Indian Medical Review
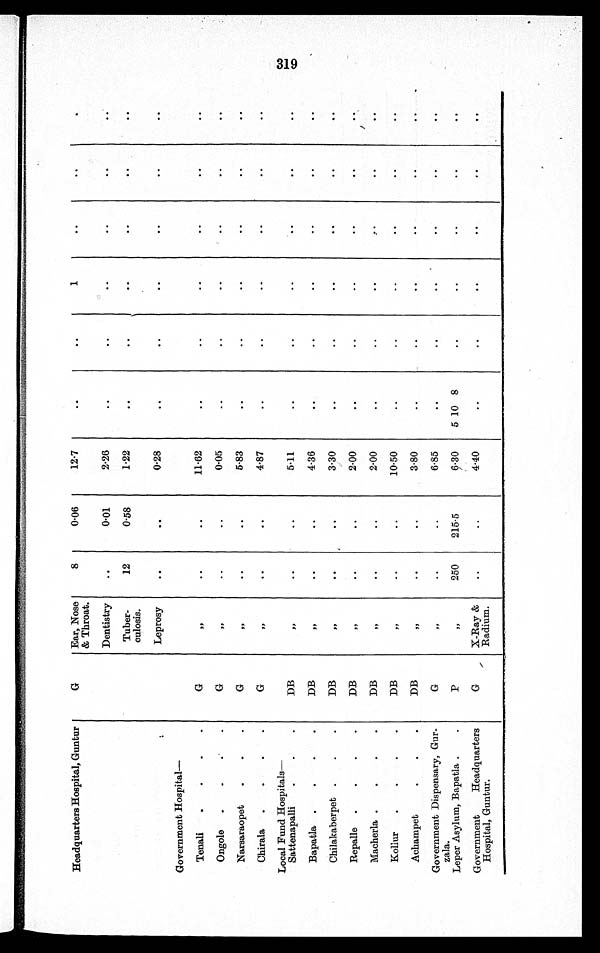
Headquarters Hospital, Guntur
G
Ear, Nose
& Throat.
8
0·06
12·7
. .
..
1
..
. .
.
Dentistry
..
0·01
2·26
..
..
..
..
..
..
Tuber-
culosis.
12
0·58
1·22
. .
..
..
..
. .
..
. .
Leprosy
. .
..
0·28
..
..
..
..
..
..
Government Hospital
—
Tenali
G
, ,
. .
..
11·62
..
..
..
..
..
..
Ongole
G
, ,
. .
. .
0·05
..
..
..
..
..
..
Narsaraopet
G
, ,
. .
. .
5·83
..
..
..
..
..
..
Chirala
G
, ,
. .
. .
4·87
..
..
..
..
..
..
Local Fund Hospitals—
Sattenapalli
DB
,,
..
..
5·11
..
..
..
..
. .
..
Bapatla
DB
, ,
..
..
4·36
..
..
..
..
..
..
Chilakaberpet
D B
,,
. .
. .
3·30
. .
. .
. .
. .
. .
. .
Repalle
D B
, ,
. .
..
2.00
..
..
..
. .
. .
..
Macherla
D B
, ,
. .
..
2·00
..
..
..
. .
. .
. .
Kollur
D B
, ,
. .
. .
10·50
..
..
..
..
..
..
Achampet
DB
, ,
. .
..
3·80
..
..
..
..
..
..
Government Dispensary, Gur-
zala.
G
„
••
..
6.85
..
..
..
..
..
..
Leper Asylum, Bapatla
P
, ,
250
215·5
6·30
5 10 8
..
..
..
. .
. .
Government Headquarters
Hospital, Guntur.
G
X-Ray
Radium.
..
..
4.40
..
..
..
..
. .
. .